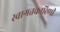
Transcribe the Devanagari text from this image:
स्वागतकारिणी